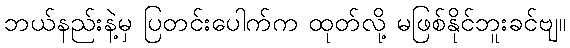
ဘယ်နည်းနဲ့မှ ပြတင်းပေါက်က ထုတ်လို့ မဖြစ်နိုင်ဘူးခင်ဗျ။